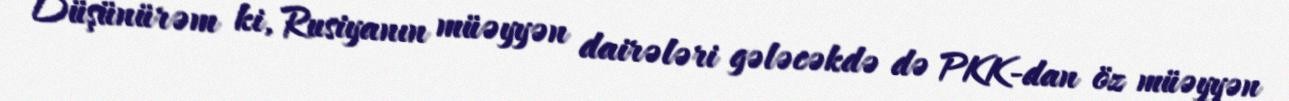
Düşünürəm ki, Rusiyanın müəyyən dairələri gələcəkdə də PKK-dan öz müəyyən